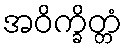
အဝိက္ခိတ္တံ